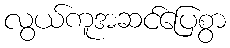
လွယ်ကူအဆင်ပြေစွာ